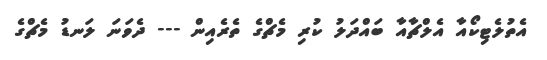
އެތުލެޓިކޯއާ އެލްޗާއާ ބައްދަލު ކުރި މެޗްގެ ތެރެއިން --- ދެވަނަ ލަނޑު މެޗްގެ